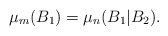
\begin{align*}\mu_{m}(B_{1})=\mu_{n}(B_{1}|B_{2}).\end{align*}